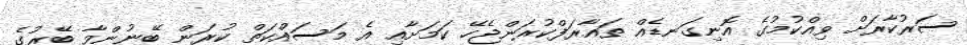
ސަރުކާރަށް ވިއްކުމުގެ އޮނިގަނޑެއް ތައާރަފްކުރަންޖެހޭ ކަމަށާއި އެ މަސައްކަތް ކުރަން ބޭނުންވާ ބޭރުގެ